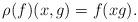
LaTeX: \begin{align*} \rho(f)(x,g) = f(xg). \end{align*}